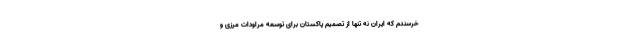
خرسندم که ایران نه تنها از تصمیم پاکستان برای توسعه مراودات مرزی و